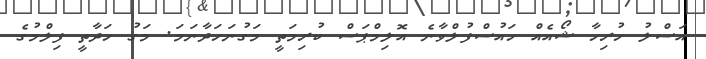
އަސްލު ހުރިހާ ޝޯއެއް ހައުސްފުލްވާނެ އޮލިމްޕަސް ކުރިމަތީ މަގުނަހަދާނަމަ. މަގު ހަދާތީ ފިލްމުގެ